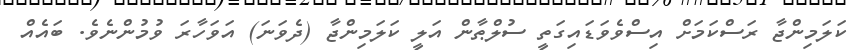
ކަލަމިންޖާ ރަސްކަމަށް އިސްވެވަޑައިގަތީ ސުލްޠާން އަލީ ކަލަމިންޖާ (ދެވަނަ) އަވަހާރަ ވުމުންނެވެ. ބައެއް